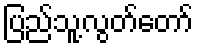
ပြည်သူ့လွတ်တော်